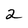
Character: 2